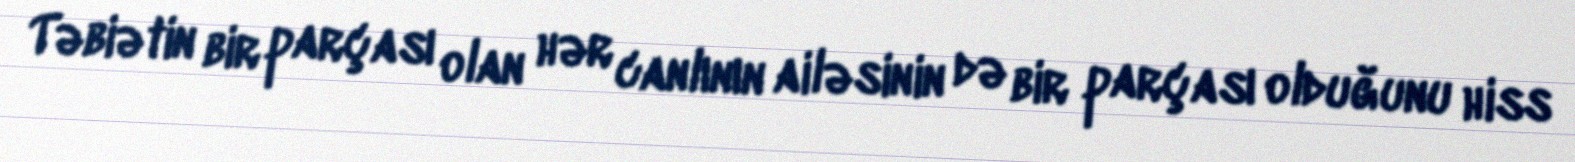
Təbiətin bir parçası olan hər canlının ailəsinin də bir parçası olduğunu hiss